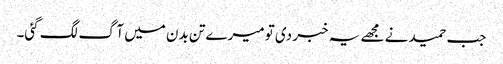
جب حمید نے مجھے یہ خبر دی تو میرے تن بدن میں آگ لگ گئی۔